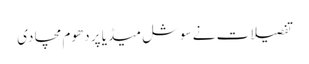
تفصیلات نے سوشل میڈیا پر دھوم مچا دی